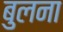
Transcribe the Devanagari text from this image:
बुलना